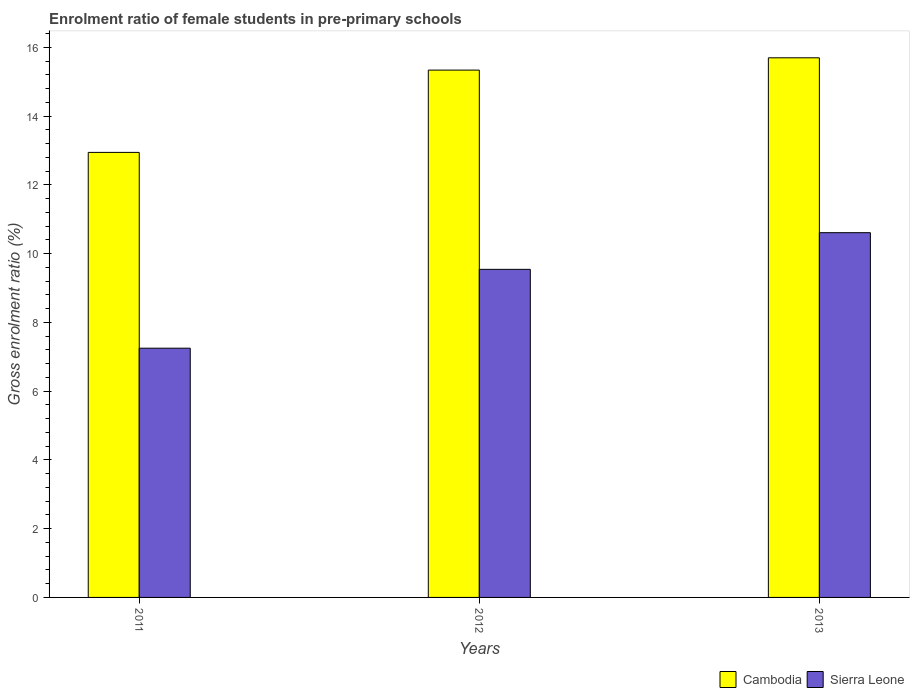
| Years | Cambodia | Sierra Leone |
 | --- | --- | --- |
 | 2011 | 12.9 | 7.25 |
 | 2012 | 15.3 | 9.54 |
 | 2013 | 15.7 | 10.6 |